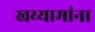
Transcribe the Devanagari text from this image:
खय्यामांना